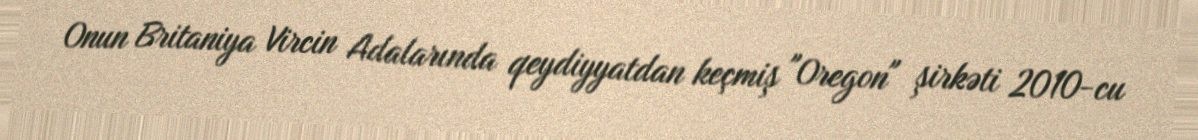
Onun Britaniya Vircin Adalarında qeydiyyatdan keçmiş "Oregon" şirkəti 2010-cu